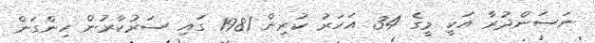
ނަސަންދުރާ އަކީ މީގެ 34 އަހަރު ކުރިން 1981 ގައި ސަރުކާރުން ހިންގަން